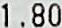
1.80